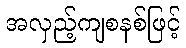
အလှည့်ကျစနစ်ဖြင့်